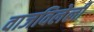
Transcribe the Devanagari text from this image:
वाजविलेली